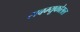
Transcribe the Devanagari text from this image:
सबम्‍यूकोसल